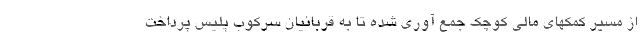
از مسیر کمکهای مالی کوچک جمع آوری شده تا به قربانیان سرکوب پلیس پرداخت